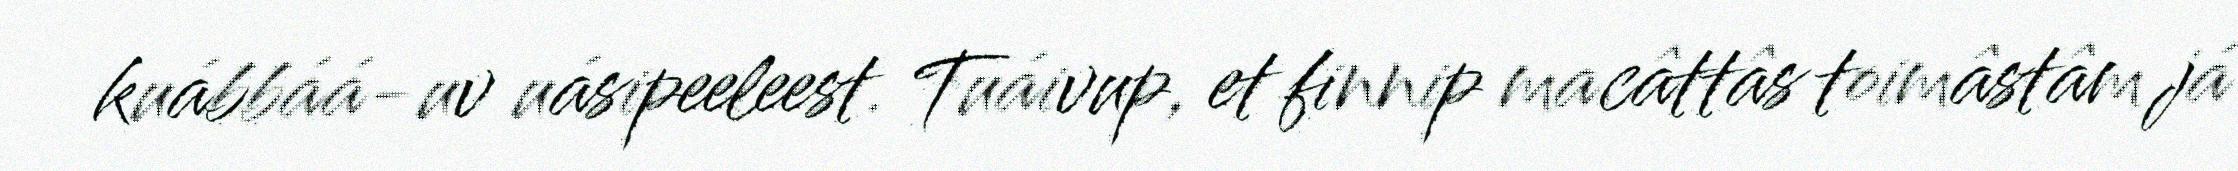
kuábbáá-uv uásipeeleest. Tuáivup, et finnip macâttâs toimâstâm já